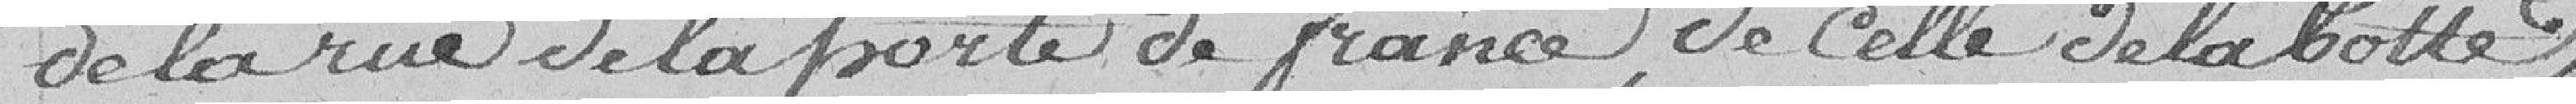
de la rue de la porte de France, de celle de la botte,